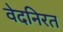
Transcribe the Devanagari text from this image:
वेदनिरत